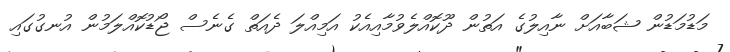
މަޑުމަޑުން ޝަބާއަށް ނާއިލުގެ އަތުން ދޫކޮއްލެވުމާއިއެކު އަމިއްލަ ދެއަތް ގެނެސް ޖޯޑުކޮއްލަމުން އުނގުގައި